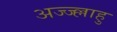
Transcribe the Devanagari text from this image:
अज्ज्ल्लाहु